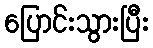
ပြောင်းသွားပြီး